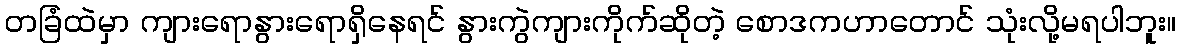
တခြံထဲမှာ ကျားရောနွားရောရှိနေရင် နွားကွဲကျားကိုက်ဆိုတဲ့ စောဒကဟာတောင် သုံးလို့မရပါဘူး။